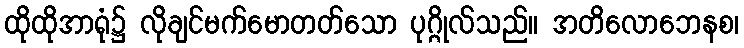
ထိုထိုအာရုံ၌ လိုချင်မက်မောတတ်သော ပုဂ္ဂိုလ်သည်။ အတိလောဘေနစ၊